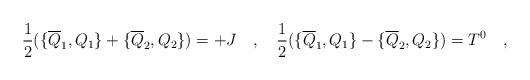
LaTeX: \begin{align*}{1 \over 2} (\{ \overline{Q}_1, Q_1\} + \{ \overline{Q}_2, Q_2 \})= + J \quad ,\quad {1 \over 2} (\{ \overline{Q}_1, Q_1\} - \{ \overline{Q}_2, Q_2 \}) = T^0\quad ,\end{align*}